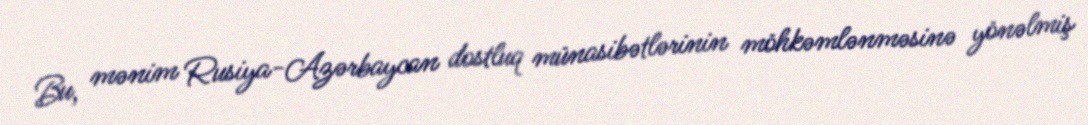
Bu, mənim Rusiya-Azərbaycan dostluq münasibətlərinin möhkəmlənməsinə yönəlmiş